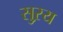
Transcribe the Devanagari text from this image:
सुऱय